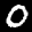
Label: 0